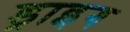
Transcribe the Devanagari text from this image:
ड्राइग